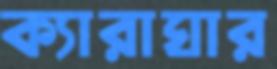
ক্যারাঘার